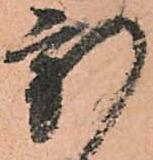
新